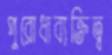
পুরোধাব্যক্তিত্ব